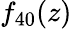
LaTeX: f_{40}(z)